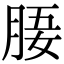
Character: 𣍲